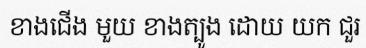
ខាងជើង មួយ ខាងត្បូង ដោយ យក ជួរ